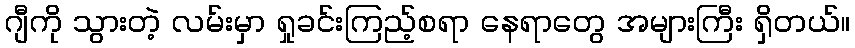
ဂျီကို သွားတဲ့ လမ်းမှာ ရှုခင်းကြည့်စရာ နေရာတွေ အများကြီး ရှိတယ်။